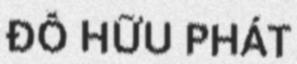
ĐỖ HỮU PHÁT